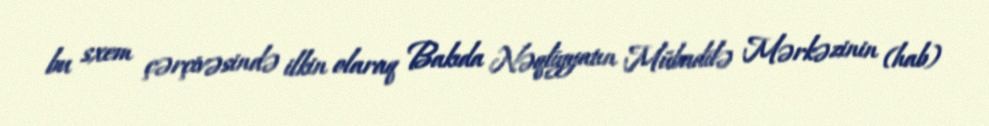
bu sxem çərçivəsində ilkin olaraq Bakıda Nəqliyyatın Mübadilə Mərkəzinin (hab)